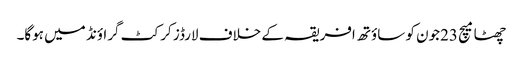
چھٹا میچ 23جون کو ساؤتھ افریقہ کے خلاف لارڈز کرکٹ گراؤنڈ میں ہوگا۔